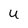
Character: U